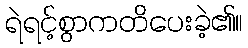
ရဲရင့်စွာကတိပေးခဲ့၏။